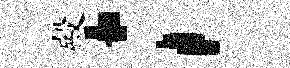
殿；